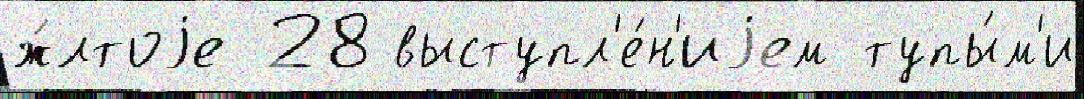
ж́лтоjе 28 выступл'е́н'иjем тупы́м'и